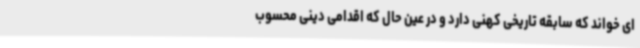
ای خواند که سابقه تاریخی کهنی دارد و در عین حال که اقدامی دینی محسوب